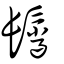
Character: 鬛